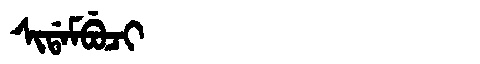
Manchu: ᠰᡳᡩᠠᠮᠪᡠᠴᡳ
Romanization: SIDAMBUCI